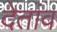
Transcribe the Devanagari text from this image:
देतांव